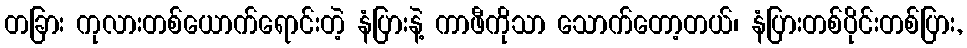
တခြား ကုလားတစ်ယောက်ရောင်းတဲ့ နံပြားနဲ့ ကာဖီကိုသာ သောက်တော့တယ်၊ နံပြားတစ်ပိုင်းတစ်ပြား,